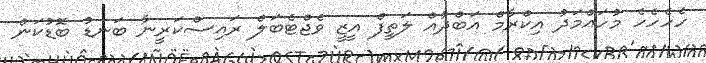
ހެހެހެހެ މުހައްމަދު އިކްރާމް އަބްދުއް ލަތީފް އީޒީ ވެޖްޓެބަލް ރައިސްކަރީނާ ބަނޑު ބޮޑުކަން